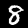
Digit: 8